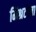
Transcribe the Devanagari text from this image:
मिश्रटोला